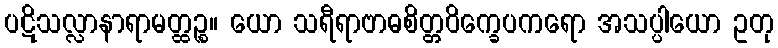
ပဋိသလ္လာနာရာမတ္ထဉ္စ။ ယော သရီရာဗာဓစိတ္တဝိက္ခေပကရော အသပ္ပါယော ဥတု